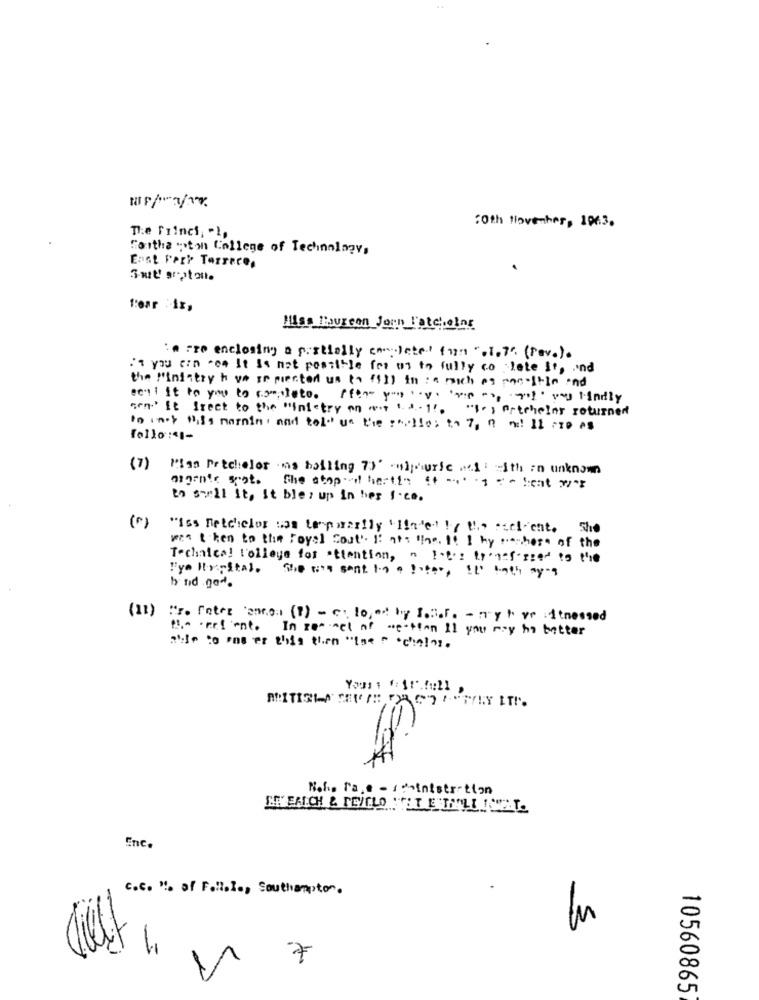
:0th November, 1063.
The Princi; "1,
Cartha mton College of Technology,
East Park Torrece,
Sait' srotante
Fear :ix,
Miss maureen Jern Fatchoins
: Fre enclosing a pestielly eme letet fin ".1.7" (rev.).
Is you can ros It is not possible for at to fully co late it, and
the Ministry ho yo se pierted us to (II) in :a much as panostio and
acti it to you to complete. for you "y "p ", "vy indly
cen It freet to the ministry on mit .1 !. " .; Artcheler returned
to inet miss marnin, and told us the realles to 7, 0 m! IL cro as
follo :41-
(7)
MIas Petcheler ms hailing 70' compourle met: - 1th an unknown
migente grot.
to sell it, It ble : up in her f.co.
(0)
"Iss etchiclor was temporarily 'In'e' by the eccl ent. She
wen then to the Foyal Sout'. I: nfs "las. 1. 1 hy renhes. of the
Technical! l'olleye for attention, " !. f' : tr'f'red to the
"ya Irrital. the ni's sent to !ter, It' both sy-9
b nd god.
(11) Is. Foter annons (1) - c: 10,ed by Soir. - nyt ve 1 tressed
Ps .- . ret ent. In rewel of "e-tron Il you may ho better
Enc.
c.c. ". af Foll.l ., Southampton.
3
7
10560865